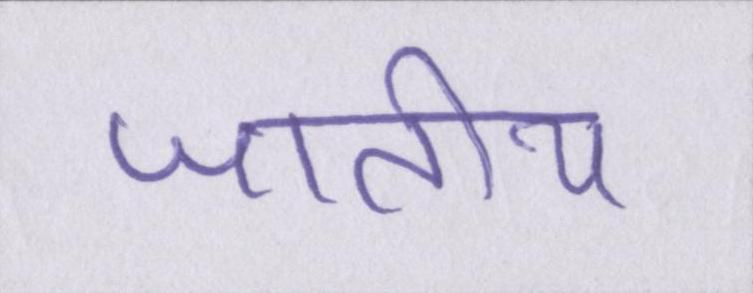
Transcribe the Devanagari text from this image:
जातीय